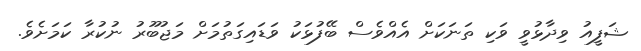
ޝަފީއު ވިދާޅުވީ ވަކި ތަނަކަށް އެއްވެސް ބޭފުޅަކު ވަޑައިގަތުމަށް މަޖުބޫރު ނުކުރާ ކަމަށެވެ.